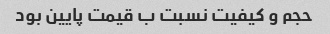
حجم و کیفیت نسبت ب قیمت پایین بود